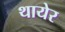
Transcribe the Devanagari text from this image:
थायेर